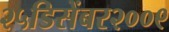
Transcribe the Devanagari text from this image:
२५डिसेंबर२००९